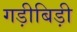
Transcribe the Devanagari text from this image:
गड़ीबिड़ी